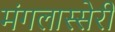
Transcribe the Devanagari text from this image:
मंगलास्सेरी